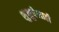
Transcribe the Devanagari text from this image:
शुश्रुषेसाठी